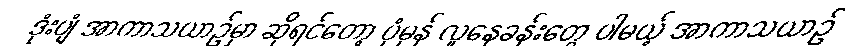
ဒုံးပျံ အာကာသယာဉ်မှာ ဆိုရင်တော့ ပုံမှန် လူနေခန်းတွေ ပါမယ့် အာကာသယာဉ်